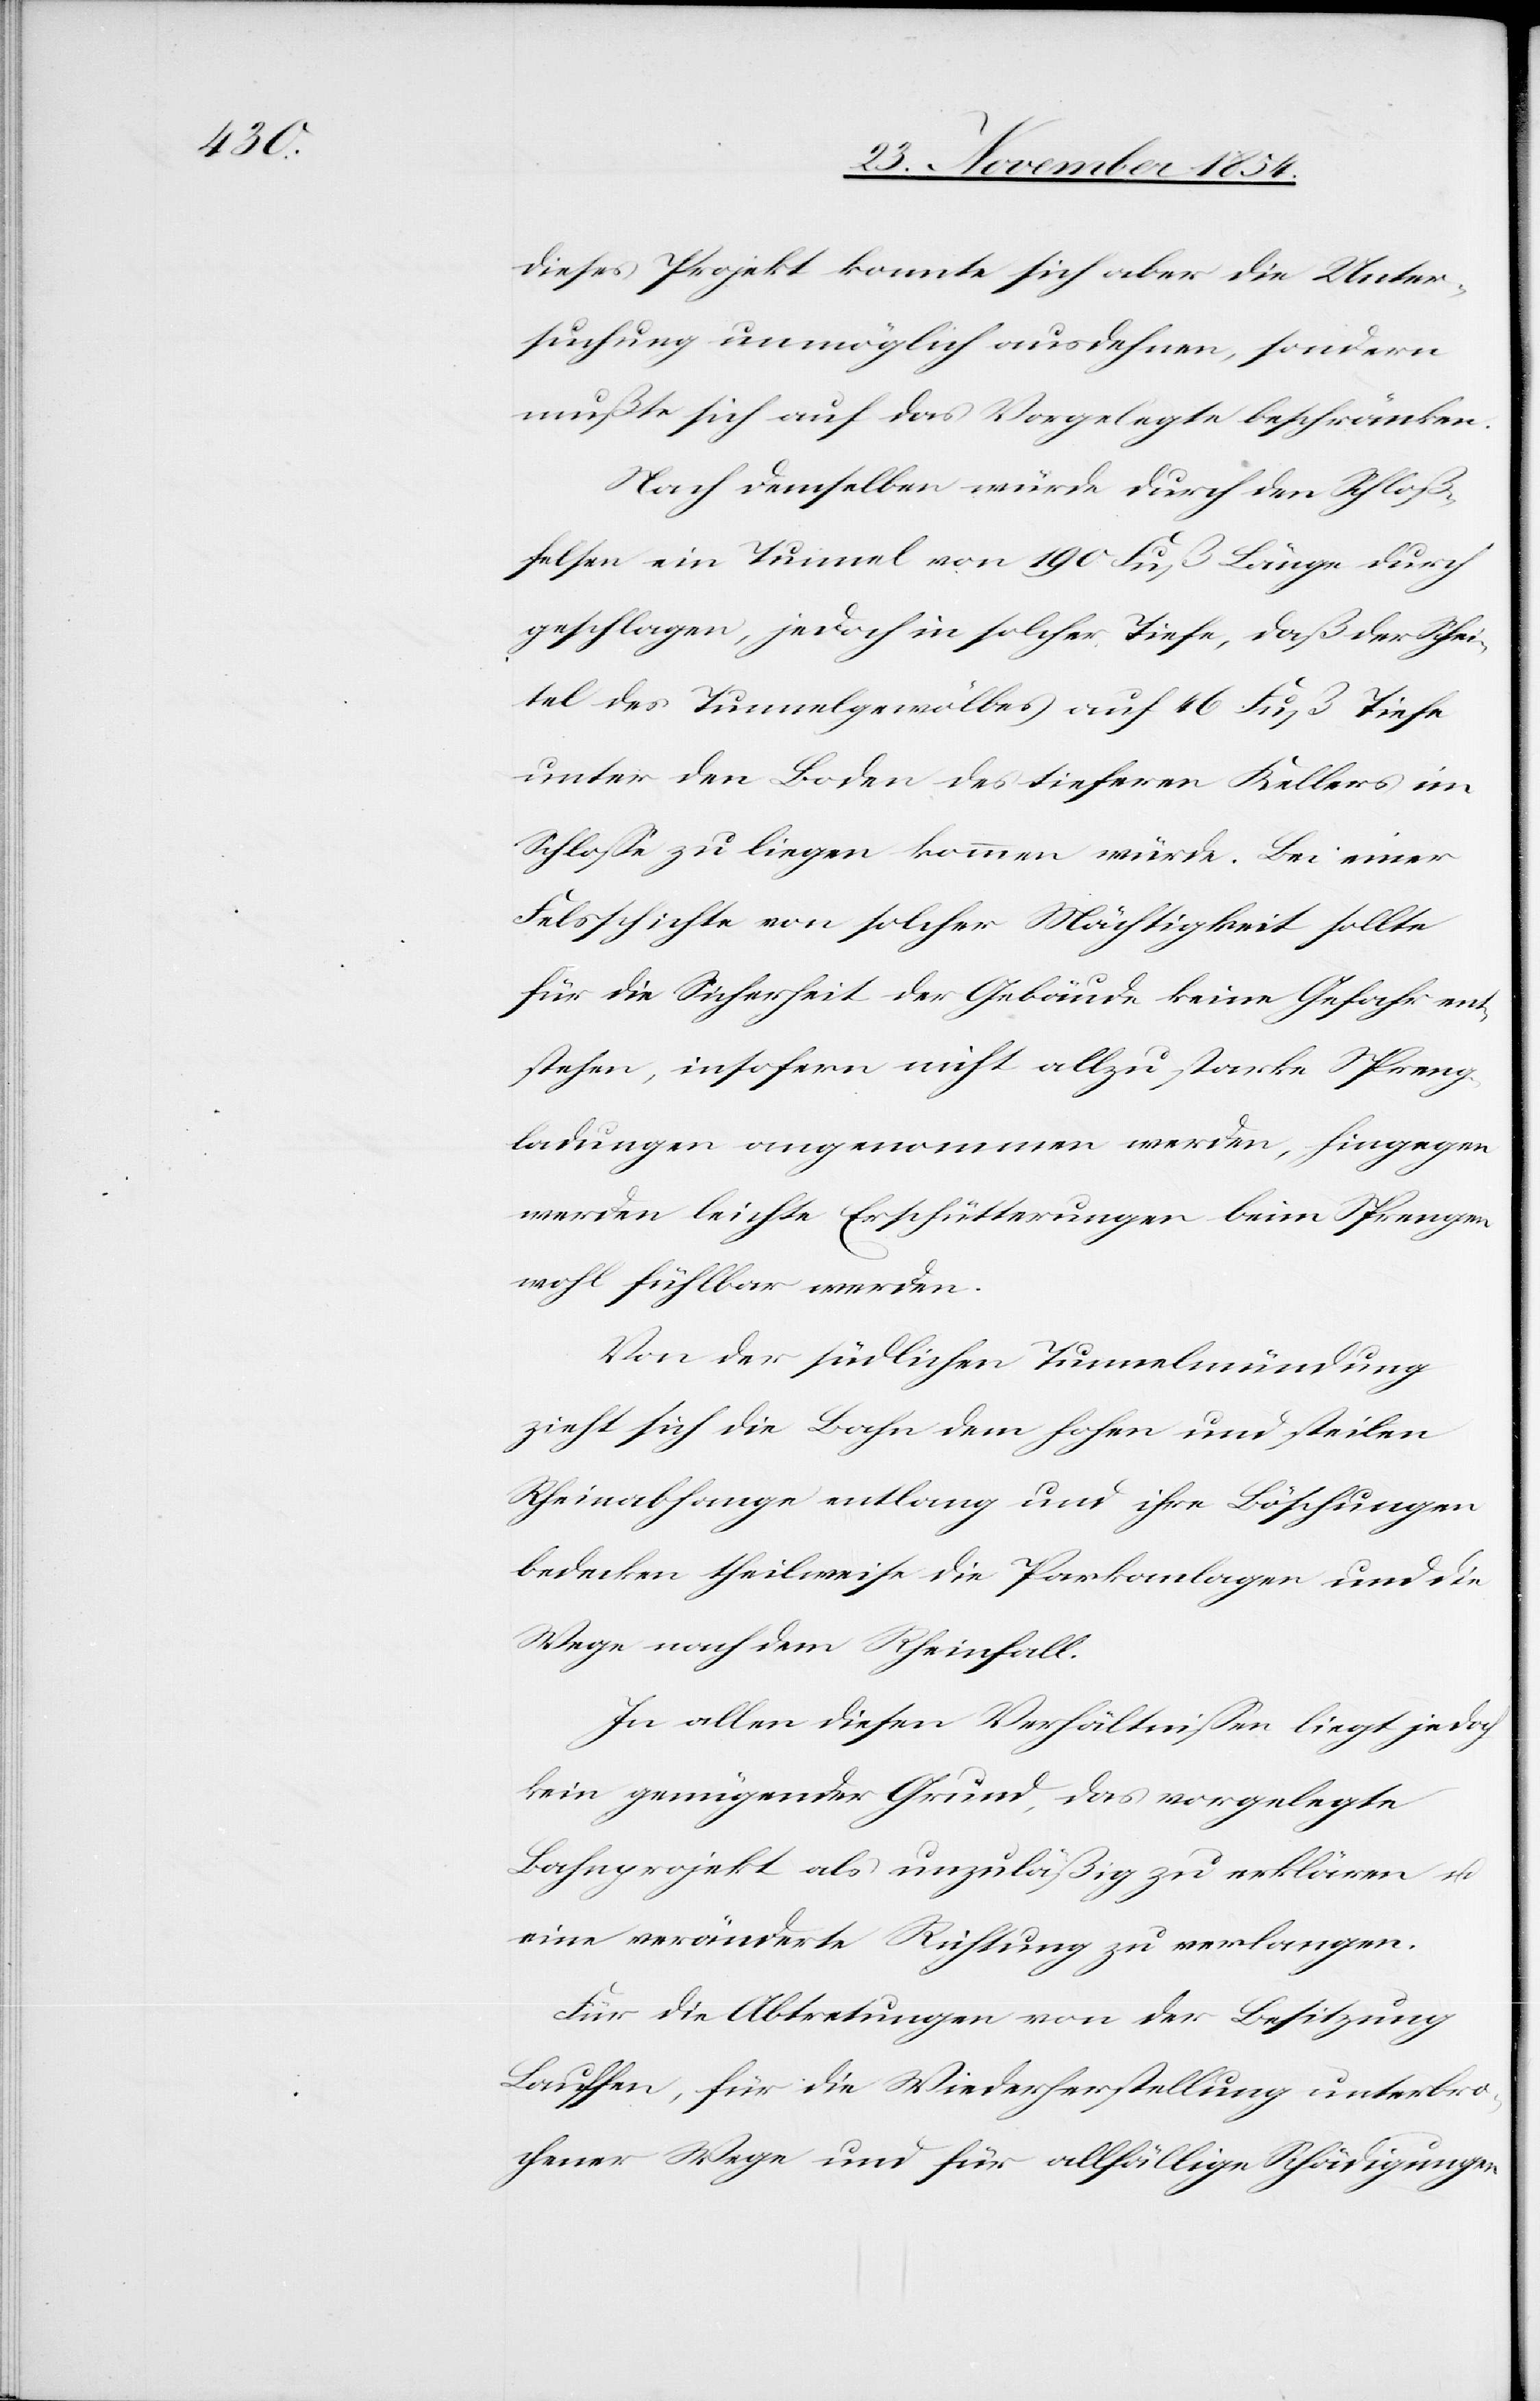
dieses Projekt konnte sich aber die Unter¬
suchung unmöglich ausdehnen, sondern
müßte sich auf das Vorgelegte beschränken.
Nach demselben würde durch den Schloß¬
felsen ein Tunnel von 190 Fuß Länge durch
geschlagen, jedoch in solcher Tiefe, daß der Schei¬
tel des Tunnelgewölbes auf 46 Fuß Tiefe
unter den Boden des tieferen Kellers im
Schloße zu liegen kommen würde. Bei einer
Felsschichte von solcher Mächtigkeit sollte
für die Sicherheit der Gebäude keine Gefahr ent¬
stehen, insofern nicht allzu starke Spreng¬
ladungen angenommen werden, hingegen
werden leichte Erschütterungen beim Sprengen
wohl fühlbar werden.
Von der südlichen Tunnelmündung
zieht sich die Bahn dem hohen und steilen
Rheinabhange entlang und ihre Böschungen
bedecken theilweise die Parkanlagen und die
Wege nach dem Rheinfall.
In allen diesen Verhältnißen liegt jedoch
kein genügender Grund, das vorgelegte
Bahnprojekt als unzuläßig zu erklären u.
eine veränderte Richtung zu verlangen.
Für die Abtretungen von der Besitzung
Lauffen, für die Wiederherstellung unterbro¬
chener Wege und für allfällige Schädigungen